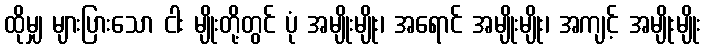
ထိုမျှ များပြားသော ငါး မျိုးတို့တွင် ပုံ အမျိုးမျိုး၊ အရောင် အမျိုးမျိုး၊ အကျင့် အမျိုးမျိုး